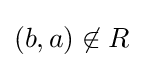
(b,a)\not \in R